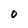
Character: 0